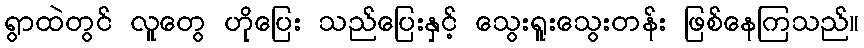
ရွာထဲတွင် လူတွေ ဟိုပြေး သည်ပြေးနှင့် သွေးရူးသွေးတန်း ဖြစ်နေကြသည်။